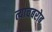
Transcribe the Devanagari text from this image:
त्याचबरोब